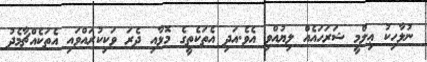
ނުލާހިކު ޢިލްމީ ޝަރަހައެއް ލިޔުއްވި އެވެ.އަދި އެތަކެތީގެ މޮޅާއި ދެރަ ވަކިކުރައްވައި އެތަކެއްޗާމެދު